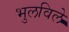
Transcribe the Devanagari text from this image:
भुलविले